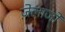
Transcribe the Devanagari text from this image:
ज़ेलाजो